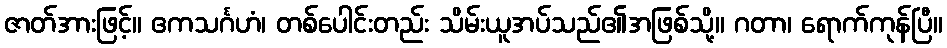
ဇာတ်အားဖြင့်။ ဧကသင်္ဂဟံ၊ တစ်ပေါင်းတည်း သိမ်းယူအပ်သည်၏အဖြစ်သို့။ ဂတာ၊ ရောက်ကုန်ပြီ။